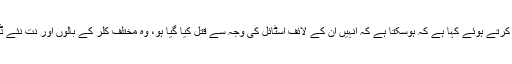
سوشل میڈیا صارفین نے تارا فریس کے قتل کی مذمت کرتے ہوئے کہا ہے کہ ہوسکتا ہے کہ انہیں ان کے لائف اسٹائل کی وجہ سے قتل کیا گیا ہو، وہ مختلف کلر کے بالوں اور نت نئے ڈیزائن کے ملبوسات کے ساتھ تصاویر شیئر کرتی تھیں۔